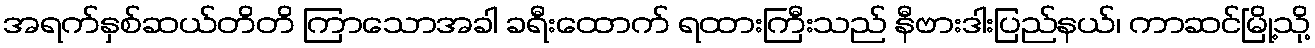
အရက်နှစ်ဆယ်တိတိ ကြာသောအခါ ခရီးထောက် ရထားကြီးသည် နီဗားဒါးပြည်နယ်၊ ကာဆင်မြို့သို့